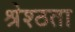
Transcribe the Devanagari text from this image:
श्रेश्ठता